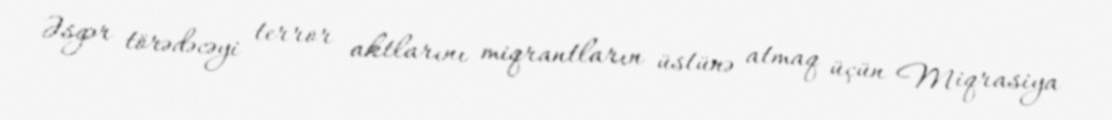
Əsgər törədəcəyi terror aktlarını miqrantların üstünə atmaq üçün Miqrasiya